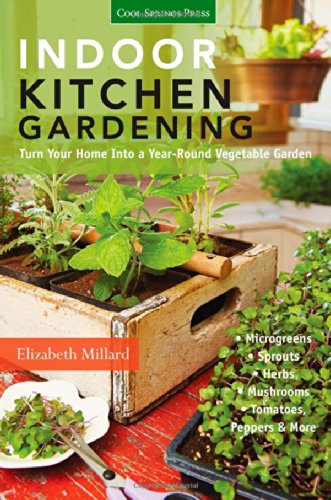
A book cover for Indoor Kitchen Gardening: Turn Your Home Into a Year-round Vegetable Garden - Microgreens - Sprouts - Herbs - Mushrooms - Tomatoes, Peppers & More; Elizabeth Millard; Crafts, Hobbies & Home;